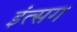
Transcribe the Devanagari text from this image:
इंत्सग